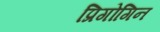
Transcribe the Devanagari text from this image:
प्रिगोगिन